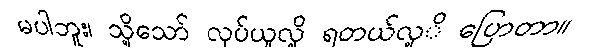
မပါဘူး၊ သို့သော် လုပ်ယူလို့ ရတယ်လု့ိ ပြောတာ။